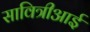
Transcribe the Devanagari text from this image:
सावित्रीआई